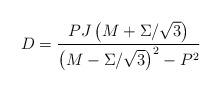
LaTeX: \begin{align*}D = {PJ\left(M+\Sigma/\sqrt{3}\right)\over\left(M-\Sigma/\sqrt{3}\right)^2-P^2}\end{align*}